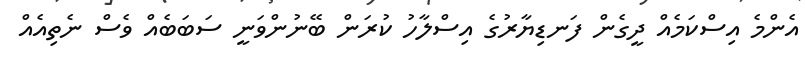
އެންމެ އިސްކަމެއް ދީގެން ފަނޑިޔާރުގެ އިސްލާހު ކުރަން ބޭނުންވަނީ ސަބަބެއް ވެސް ނެތިއެއް